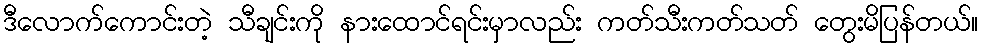
ဒီလောက်ကောင်းတဲ့ သီချင်းကို နားထောင်ရင်းမှာလည်း ကတ်သီးကတ်သတ် တွေးမိပြန်တယ်။